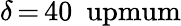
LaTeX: \delta\, {=}\, 40~\mathrm{\ upmum}